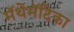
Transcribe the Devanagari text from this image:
मॅथेमॅटिका